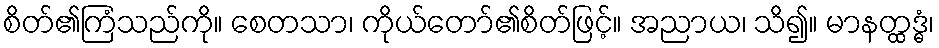
စိတ်၏ကြံသည်ကို။ စေတသာ၊ ကိုယ်တော်၏စိတ်ဖြင့်။ အညာယ၊ သိ၍။ မာနတ္ထဒ္ဓံ၊